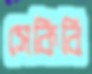
সেকিবি